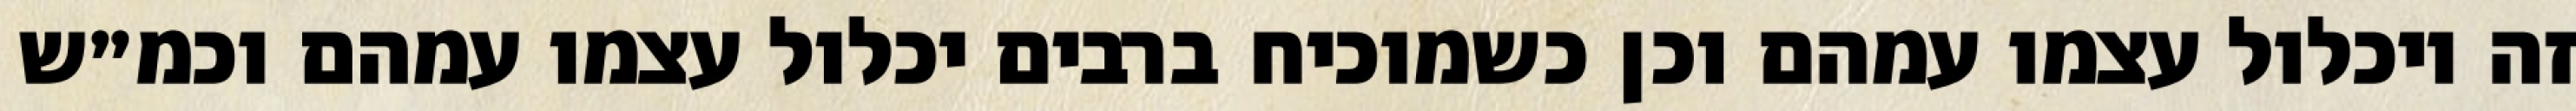
זה ויכלול עצמו עמהם וכן כשמוכיח ברבים יכלול עצמו עמהם וכמ״ש